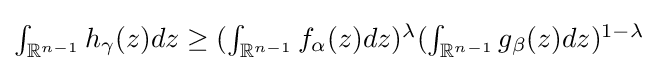
{\textstyle \int _{\mathbb {R} ^{n-1}}h_{\gamma }(z)dz\geq (\int _{\mathbb {R} ^{n-1}}f_{\alpha }(z)dz)^{\lambda }(\int _{\mathbb {R} ^{n-1}}g_{\beta }(z)dz)^{1-\lambda }}